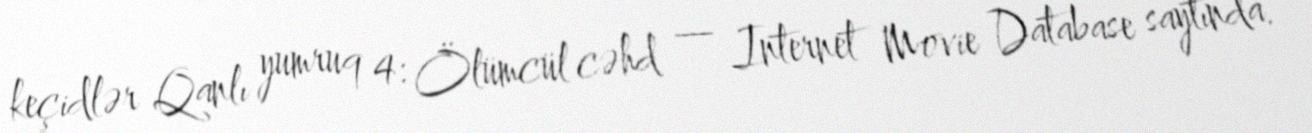
keçidlər Qanlı yumruq 4: Ölümcül cəhd — Internet Movie Database saytında.